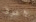
لااعرف